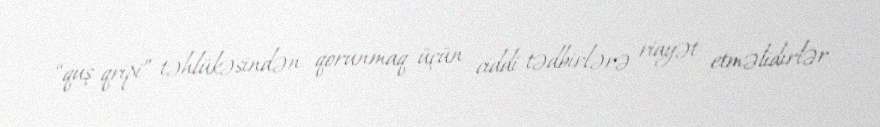
“quş qripi” təhlükəsindən qorunmaq üçün ciddi tədbirlərə riayət etməlidirlər.